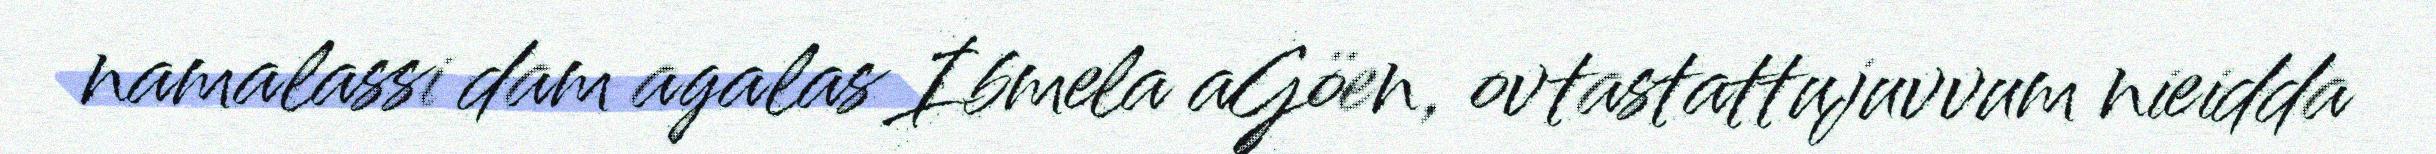
namalassi dam agalas Ibmela aGöen, ovtastattujuvvum nieidda